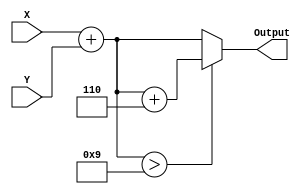
module bcdflow(X,Y,Output);
    input [3:0]X;
    input [3:0]Y;
    output [3:0]Output;
    wire [3:0]out;
    assign out = X + Y;
    assign Output = (out > 4'b1001)? (out + 4'b0110):out;
endmodule